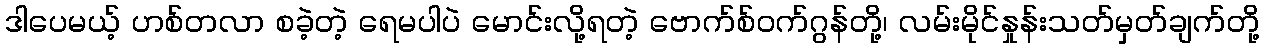
ဒါပေမယ့် ဟစ်တလာ စခဲ့တဲ့ ရေမပါပဲ မောင်းလို့ရတဲ့ ဗောက်စ်ဝက်ဂွန်တို့၊ လမ်းမိုင်နှုန်းသတ်မှတ်ချက်တို့